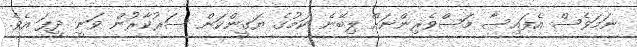
ނަމަވެސް އެފައިސާ މަސްވެރިންނަށް ލިބޭނެ ކަމުގެ ޔަގީންކަން ސަރުކާރުން ވަނީ ދީފަ އެވެ.